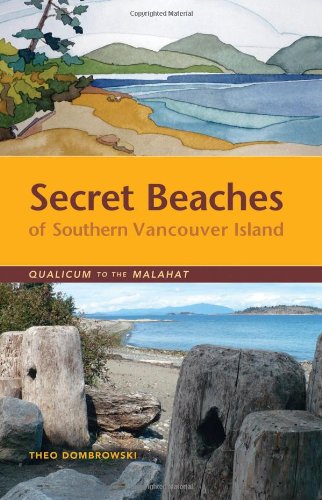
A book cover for Secret Beaches of Southern Vancouver Island: Qualicum to the Malahat; Theo Dombrowski; Travel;